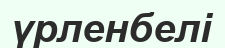
үрленбелі